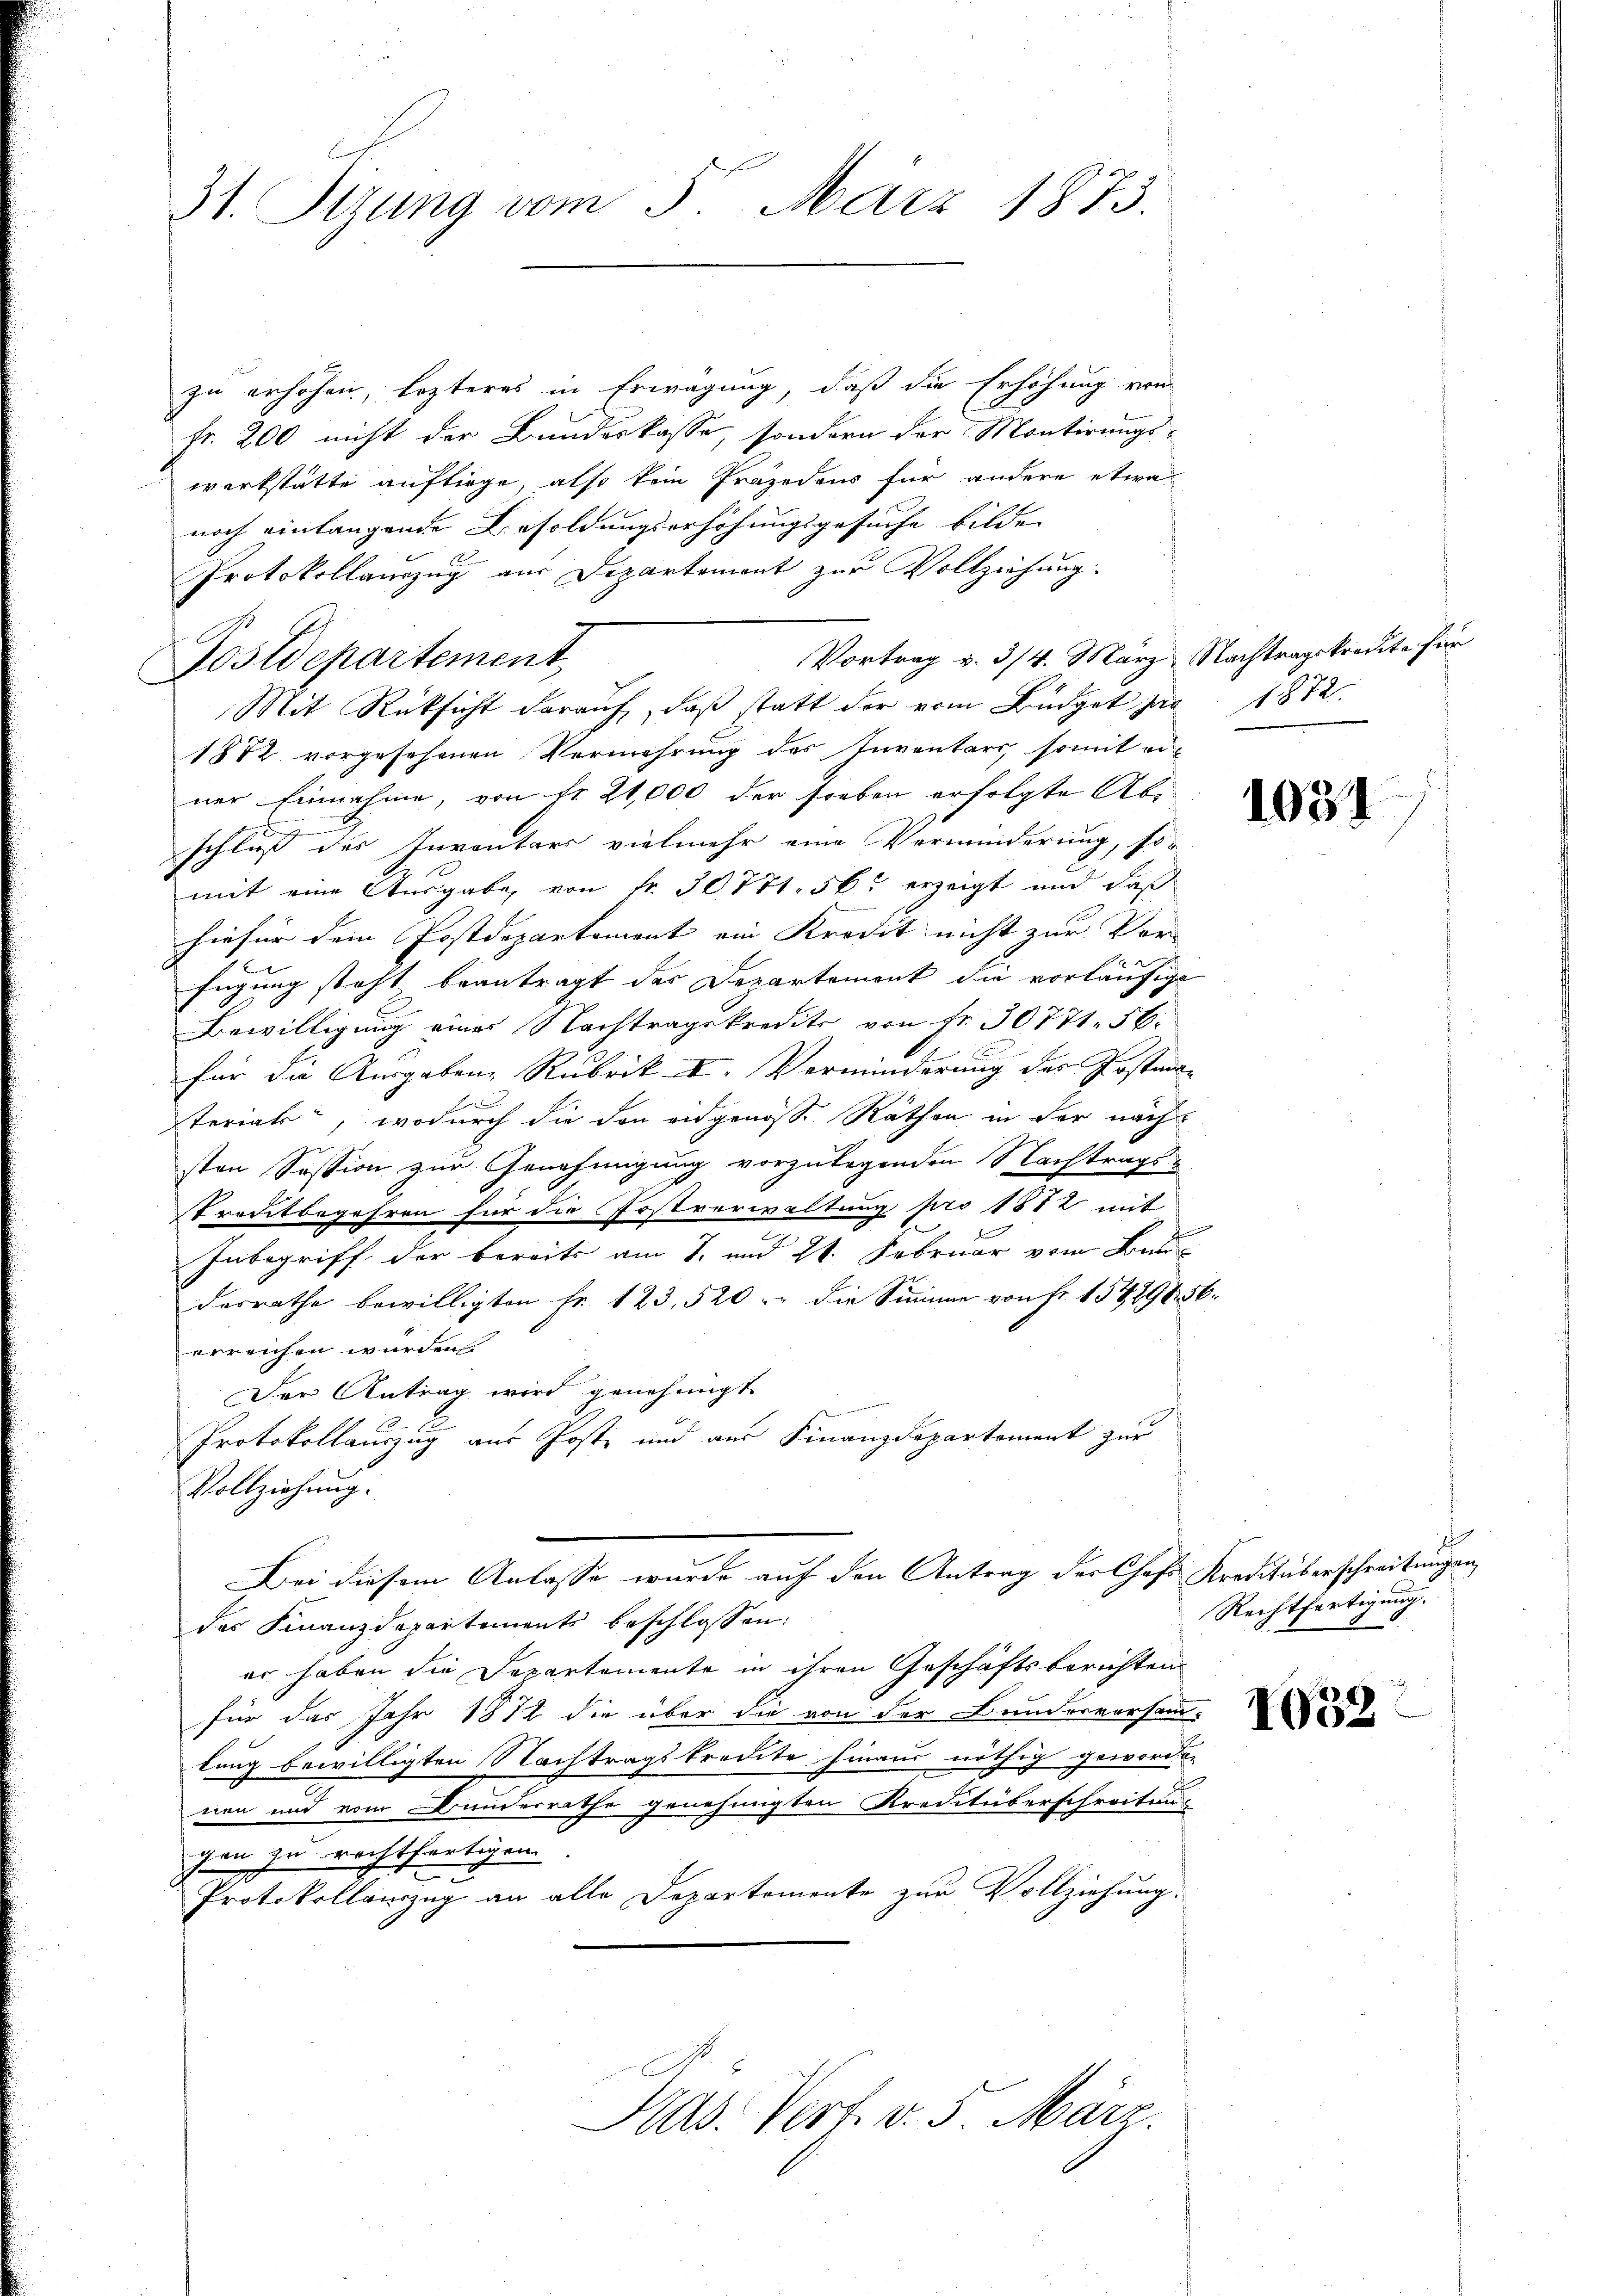
31. Sizung vom 5. März 1873.

zu erhöhen, lezteres in Erwägung, daß die Erhöhung von
fr. 200 nicht der Bundeskasse, sondern der Montirungswerkstätte auftiege, also kein Präjodens für andere etwa
noch einlangende Besoldungserhöhungsgesuche bilde
Protokollauszug aus Departemont zur Vollziehung.
Vortrag v. 3/4. März, Nachtragskredite für
Mit Rücksicht darauf, daß statt der vom Büdget pro 1872
1872 vorgesehenen Vermehrung des Inventars, somit einer Einnahme, von Fr. 21,000 der soeben erfolgte Ab¬
G
x
schluß der Inventars vielmehr eine Verminderung, so
mit eine Ausgabe von fr. 30771. 56. erzeigt und daß
hiefür dem Postdepartement ein Kredit nicht zur Vor
fügung steht beantragt das Departement die vorläufige
Bewilligung eines Nachtragskredite von Fr. 30771. 56.
für die Ausgaben, Rubrik VI. Verminderung des Postenan
sterial, wodurch die den eidgenösse Räthen in der nach
sten Session zur Genehmigung vorzulegenden Nachtrags-
Treitbegehren für die Postverwaltung pro 1882 mit
Inbegriff der bereits am 7. und 21. Februar vom Bau
desrathe bewilligten Fr. 123, 520. die Summe von Fr. 154296. 56.
erreichen wurden.
Der Antrag wird genehmigt
E
Protokollauszug aus Post und aus Finanzdepartement zur
Vollziehung.
Bei diesem Anlasse wurde auf den Antrag der Chefs Kreditüberschreibungen,
des Finanzdepartements beschlossen:
er haben die Departemente in ihren Geschäftsberichten
für das Jahr 1872 die über die von der Bunderversamm-
lung bewilligten Nachtragskredite hinaus nöthig geworden
nen und vom Bunderrathe genehmigten Kreditüberschreitung
gen zu rechtfertigen
Protokollauszug an alle Departemente zur Vollziehung.

Postdepartement

Kas. Verf. v. 5. März.

1031

1
Rechtfertigung.

1052